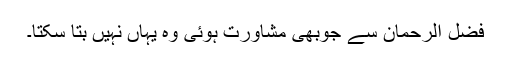
فضل الرحمان سے جوبھی مشاورت ہوئی وہ یہاں نہیں بتا سکتا۔